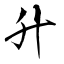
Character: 升